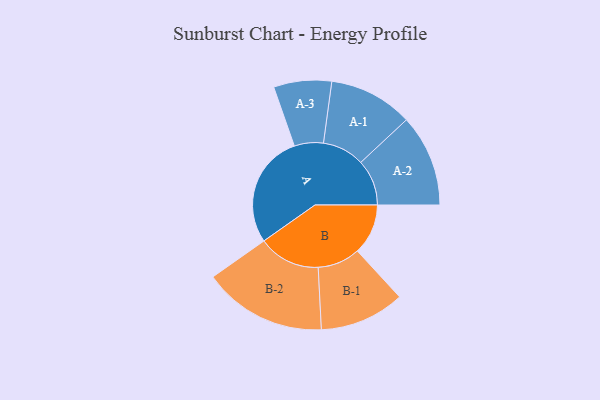
{"axis": {"x": "Segment", "y": "Value"}, "legend": ["", "A", "B"], "data": [{"x": "A", "y": 485, "type": ""}, {"x": "B", "y": 217, "type": ""}, {"x": "A-1", "y": 180, "type": "A"}, {"x": "A-2", "y": 197, "type": "A"}, {"x": "A-3", "y": 124, "type": "A"}, {"x": "B-1", "y": 182, "type": "B"}, {"x": "B-2", "y": 265, "type": "B"}]}